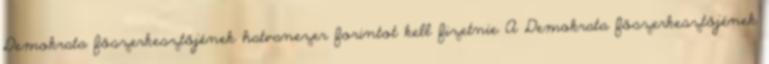
Demokrata főszerkesztőjének hatvanezer forintot kell fizetnie A Demokrata főszerkesztőjének